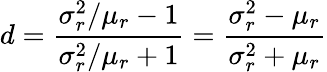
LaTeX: d=\frac{\sigma_{r}^{2}/\mu_{r}-1}{\sigma_{r}^{2}/\mu_{r}+1}=\frac{\sigma_{r}^{2}-\mu_{r}}{\sigma_{r}^{2}+\mu_{r}}